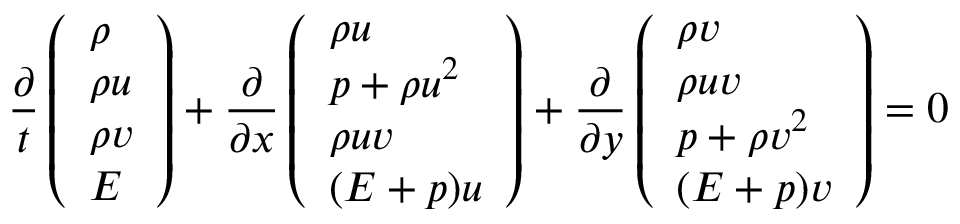
\frac { \partial } { t } \left( \begin{array} { l } { \rho } \\ { \rho u } \\ { \rho v } \\ { E } \end{array} \right) + \frac { \partial } { \partial x } \left( \begin{array} { l } { \rho u } \\ { p + \rho u ^ { 2 } } \\ { \rho u v } \\ { ( E + p ) u } \end{array} \right) + \frac { \partial } { \partial y } \left( \begin{array} { l } { \rho v } \\ { \rho u v } \\ { p + \rho v ^ { 2 } } \\ { ( E + p ) v } \end{array} \right) = 0